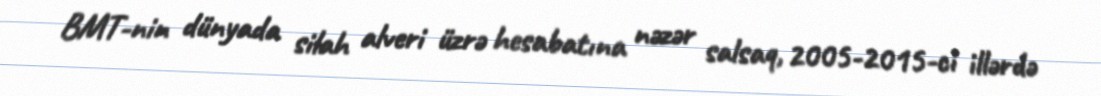
BMT-nin dünyada silah alveri üzrə hesabatına nəzər salsaq, 2005-2015-ci illərdə